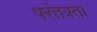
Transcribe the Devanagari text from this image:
परंतत्रता